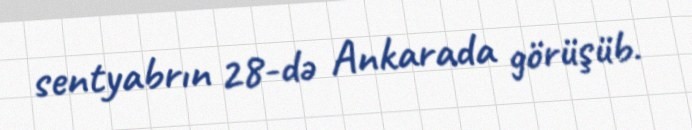
sentyabrın 28-də Ankarada görüşüb.